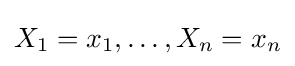
{\textstyle X_{1}=x_{1},\ldots ,X_{n}=x_{n}}